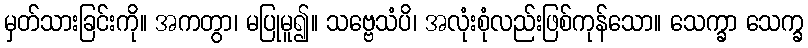
မှတ်သားခြင်းကို။ အကတွာ၊ မပြုမူ၍။ သဗ္ဗေသံပိ၊ အလုံးစုံလည်းဖြစ်ကုန်သော။ သေက္ခာ သေက္ခ